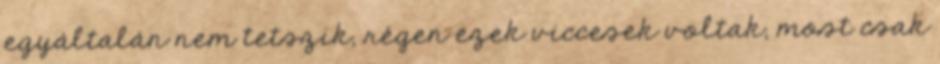
egyáltalán nem tetszik, régen ezek viccesek voltak, most csak